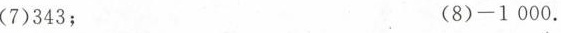
(7)343； (8)-1000.